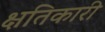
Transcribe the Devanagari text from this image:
क्षतिकारी